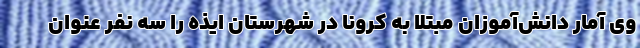
وی آمار دانش‌آموزان مبتلا به کرونا در شهرستان ایذه را سه نفر عنوان